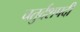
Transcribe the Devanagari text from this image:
चतुर्दशपदी